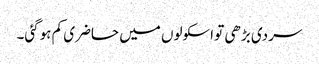
سردی بڑھی تو اسکولوں میں حاضری کم ہوگئی۔